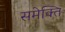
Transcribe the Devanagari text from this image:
समेक्ति